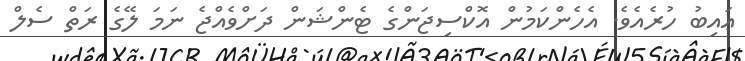
ޢައިބު ހުރެއެވެ. އެހެންކަމުން އޮކްސިޖަންގެ ޓެންޝަން ދަށްވެއްޖެ ނަމަ ލޭގެ ރަތް ސެލް